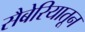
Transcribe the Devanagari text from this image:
सैबेरियातून